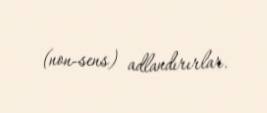
(non-sens) adlandırırlar.